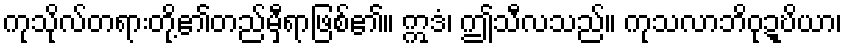
ကုသိုလ်တရားတို့၏တည်မှီရာဖြစ်၏။ ဣဒံ၊ ဤသီလသည်။ ကုသလာဘိဝုဍ္ဎိယာ၊